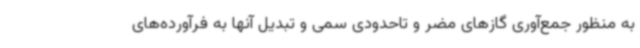
به منظور جمع‌آوری گازهای مضر و تاحدودی سمی و تبدیل آنها به فرآورده‌های